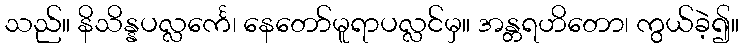
သည်။ နိသိန္နပလ္လင်္ကေ၊ နေတော်မူရာပလ္လင်မှ။ အန္တရဟိတော၊ ကွယ်ခဲ့၍။